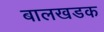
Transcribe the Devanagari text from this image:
बालखडक